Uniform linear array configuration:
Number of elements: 48
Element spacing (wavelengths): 0.25
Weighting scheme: kaiser
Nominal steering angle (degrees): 45
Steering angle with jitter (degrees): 45.397
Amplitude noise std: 0.05
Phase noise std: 0.05

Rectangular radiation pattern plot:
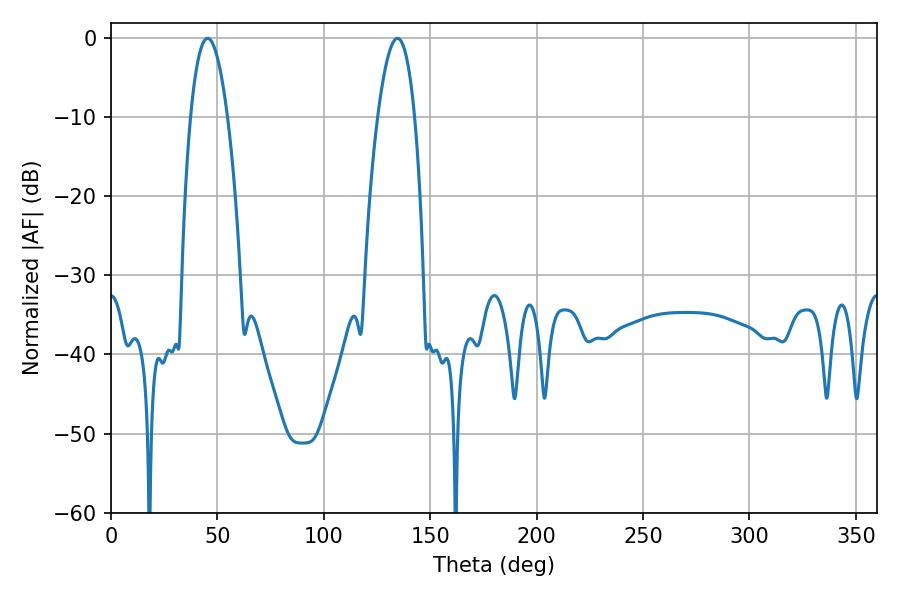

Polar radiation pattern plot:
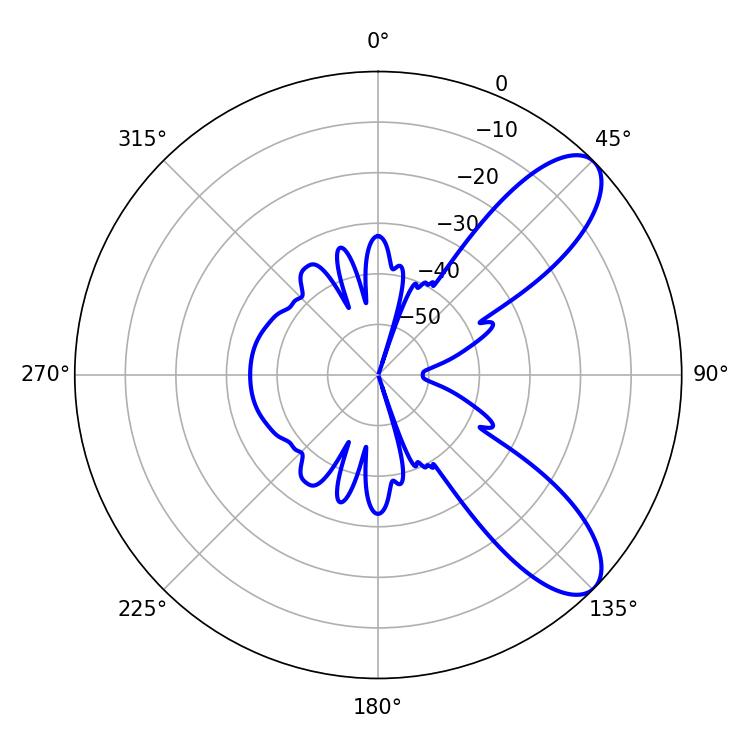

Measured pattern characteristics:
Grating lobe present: FALSE
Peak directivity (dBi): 8.927
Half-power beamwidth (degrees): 9.54
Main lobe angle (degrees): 134.64